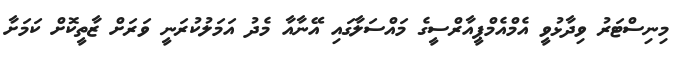
މިނިސްޓަރު ވިދާޅުވީ އެމްއެމްޕީއާރްސީގެ މައްސަލާގައި އޭނާއާ މެދު އަމަލުކުރަނީ ވަރަށް ޒާތީކޮށް ކަމަށާ